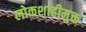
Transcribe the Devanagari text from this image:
लोकशाहीमुक्त